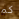
كم